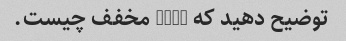
توضیح دهید که HTML مخفف چیست.